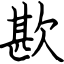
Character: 歁